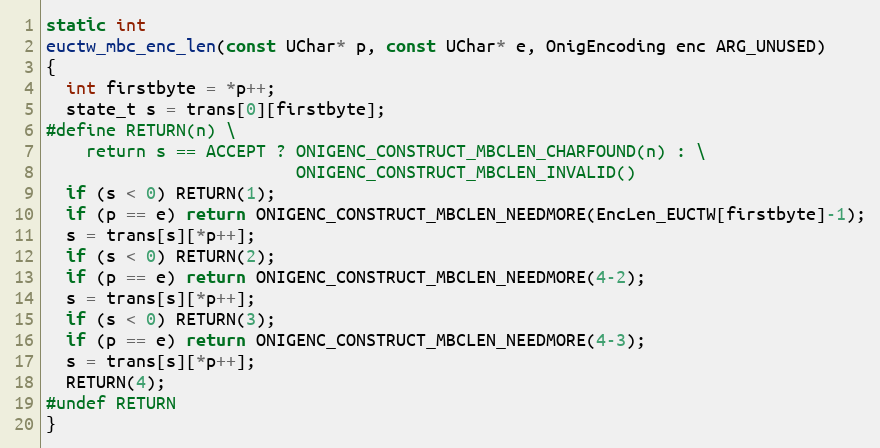
Language: C
static int
euctw_mbc_enc_len(const UChar* p, const UChar* e, OnigEncoding enc ARG_UNUSED)
{
  int firstbyte = *p++;
  state_t s = trans[0][firstbyte];
#define RETURN(n) \
    return s == ACCEPT ? ONIGENC_CONSTRUCT_MBCLEN_CHARFOUND(n) : \
                         ONIGENC_CONSTRUCT_MBCLEN_INVALID()
  if (s < 0) RETURN(1);
  if (p == e) return ONIGENC_CONSTRUCT_MBCLEN_NEEDMORE(EncLen_EUCTW[firstbyte]-1);
  s = trans[s][*p++];
  if (s < 0) RETURN(2);
  if (p == e) return ONIGENC_CONSTRUCT_MBCLEN_NEEDMORE(4-2);
  s = trans[s][*p++];
  if (s < 0) RETURN(3);
  if (p == e) return ONIGENC_CONSTRUCT_MBCLEN_NEEDMORE(4-3);
  s = trans[s][*p++];
  RETURN(4);
#undef RETURN
}